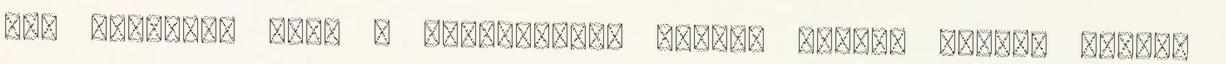
nem képesek. Azok a változások, melyek korunk szinte minden